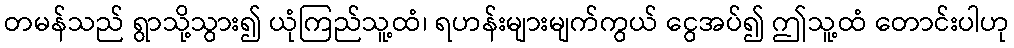
တမန်သည် ရွာသို့သွား၍ ယုံကြည်သူ့ထံ၊ ရဟန်းများမျက်ကွယ် ငွေအပ်၍ ဤသူ့ထံ တောင်းပါဟု